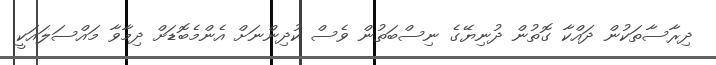
ދިރާސާތަކުން ދައްކާ ގޮތުން ދުނިޔޭޭގެ ނިސްބަތުން ވެސް ކުދިންނަށް އެންމެބޮޑަށް ދިމާވާ މައްސަލައަކީ